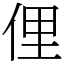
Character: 俚